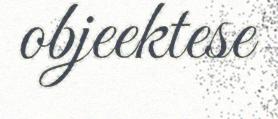
objeektese